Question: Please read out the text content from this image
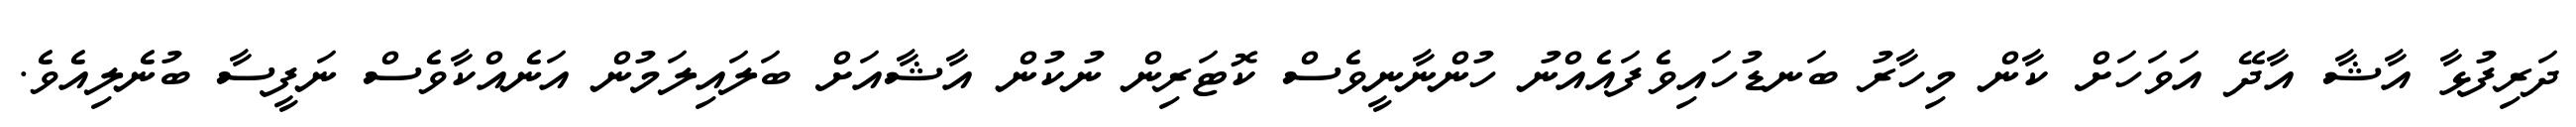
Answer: ދަރިފުޅާ އާޝާ އާދޭ އަވަހަށް ކާން މިހާރު ބަނޑުހައިވެފައެއްނު ހުންނާނީވެސް ކޮޓަރިން ނުކުން އާޝާއަށް ބަލައިލަމުން އަނެއްކާވެސް ނަފީސާ ބުނެލިއެވެ.